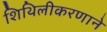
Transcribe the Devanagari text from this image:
शिथिलीकरणाने